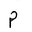
Letter: _mim